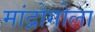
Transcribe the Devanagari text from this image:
मांद्रोगोला